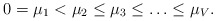
\begin{align*}0 = \mu_1 < \mu_2 \leq \mu_3 \leq \ldots \leq \mu_V.\end{align*}